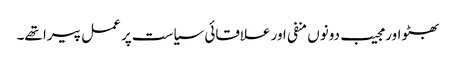
بھٹو اور مجیب دونوں منفی اور علاقائی سیاست پر عمل پیرا تھے۔